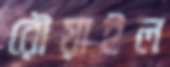
রৌয়াইল